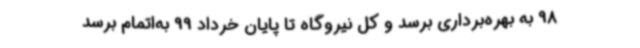
98 به بهره‌برداری برسد و کل نیروگاه تا پایان خرداد 99 به‌اتمام برسد